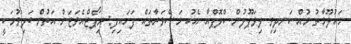
މައުލޫމާތު މުއްސަނދިވި ލިވަޕޫލުން ކްލޮޕްއާ އެކު މަޝްވަރާތައް ފަށައިފި: ރިޕޯޓްއެވަޓަން އަތުން ބަލިވުމަކީ